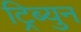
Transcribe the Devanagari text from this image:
ट्रिब्युन